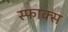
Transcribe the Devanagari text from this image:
स्फाक्स